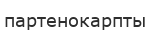
партенокарпты